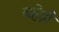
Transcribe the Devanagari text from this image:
बहेड़ी